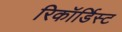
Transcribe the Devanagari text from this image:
रिकॉर्डिस्ट